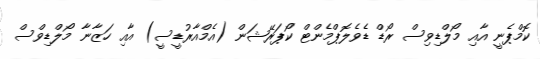
ކޮމްޕެނީ އާއި މޯލްޑިވިސް ރޯޑް ޑެވެލޮޕްމެންޓް ކޯޕަރޭޝަން (އެމްއާރުޑީސީ) އާއި ހަޒާނާ މޯލްޑިވްސް